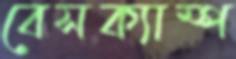
বেসক্যাম্প